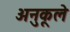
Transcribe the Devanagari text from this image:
अनुकूले